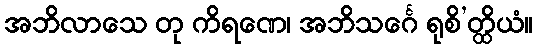
အဘိလာသေ တု ကိရဏေ၊ အဘိသင်္ဂေ ရုစိ’တ္ထိယံ။